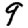
Digit: 9